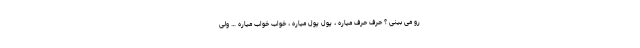
رو می بینی ؟ حرف حرف میاره ، پول پول میاره ، خواب خواب میاره … ولی